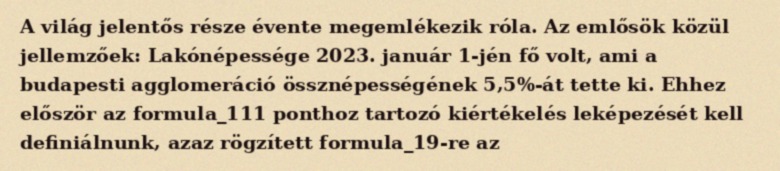
A világ jelentős része évente megemlékezik róla. Az emlősök közül jellemzőek: Lakónépessége 2023. január 1-jén fő volt, ami a budapesti agglomeráció össznépességének 5,5%-át tette ki. Ehhez először az formula_111 ponthoz tartozó kiértékelés leképezését kell definiálnunk, azaz rögzített formula_19-re az